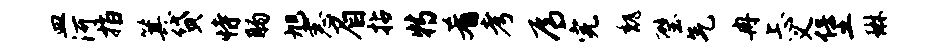
皿河指箕贷恃肠旭恚眉拈特肴考焉完魏璧气冉忐义堡琳